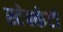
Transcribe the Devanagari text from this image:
स्टेक्केटो